Vana-Antsla_vallavalitsus, lk 4
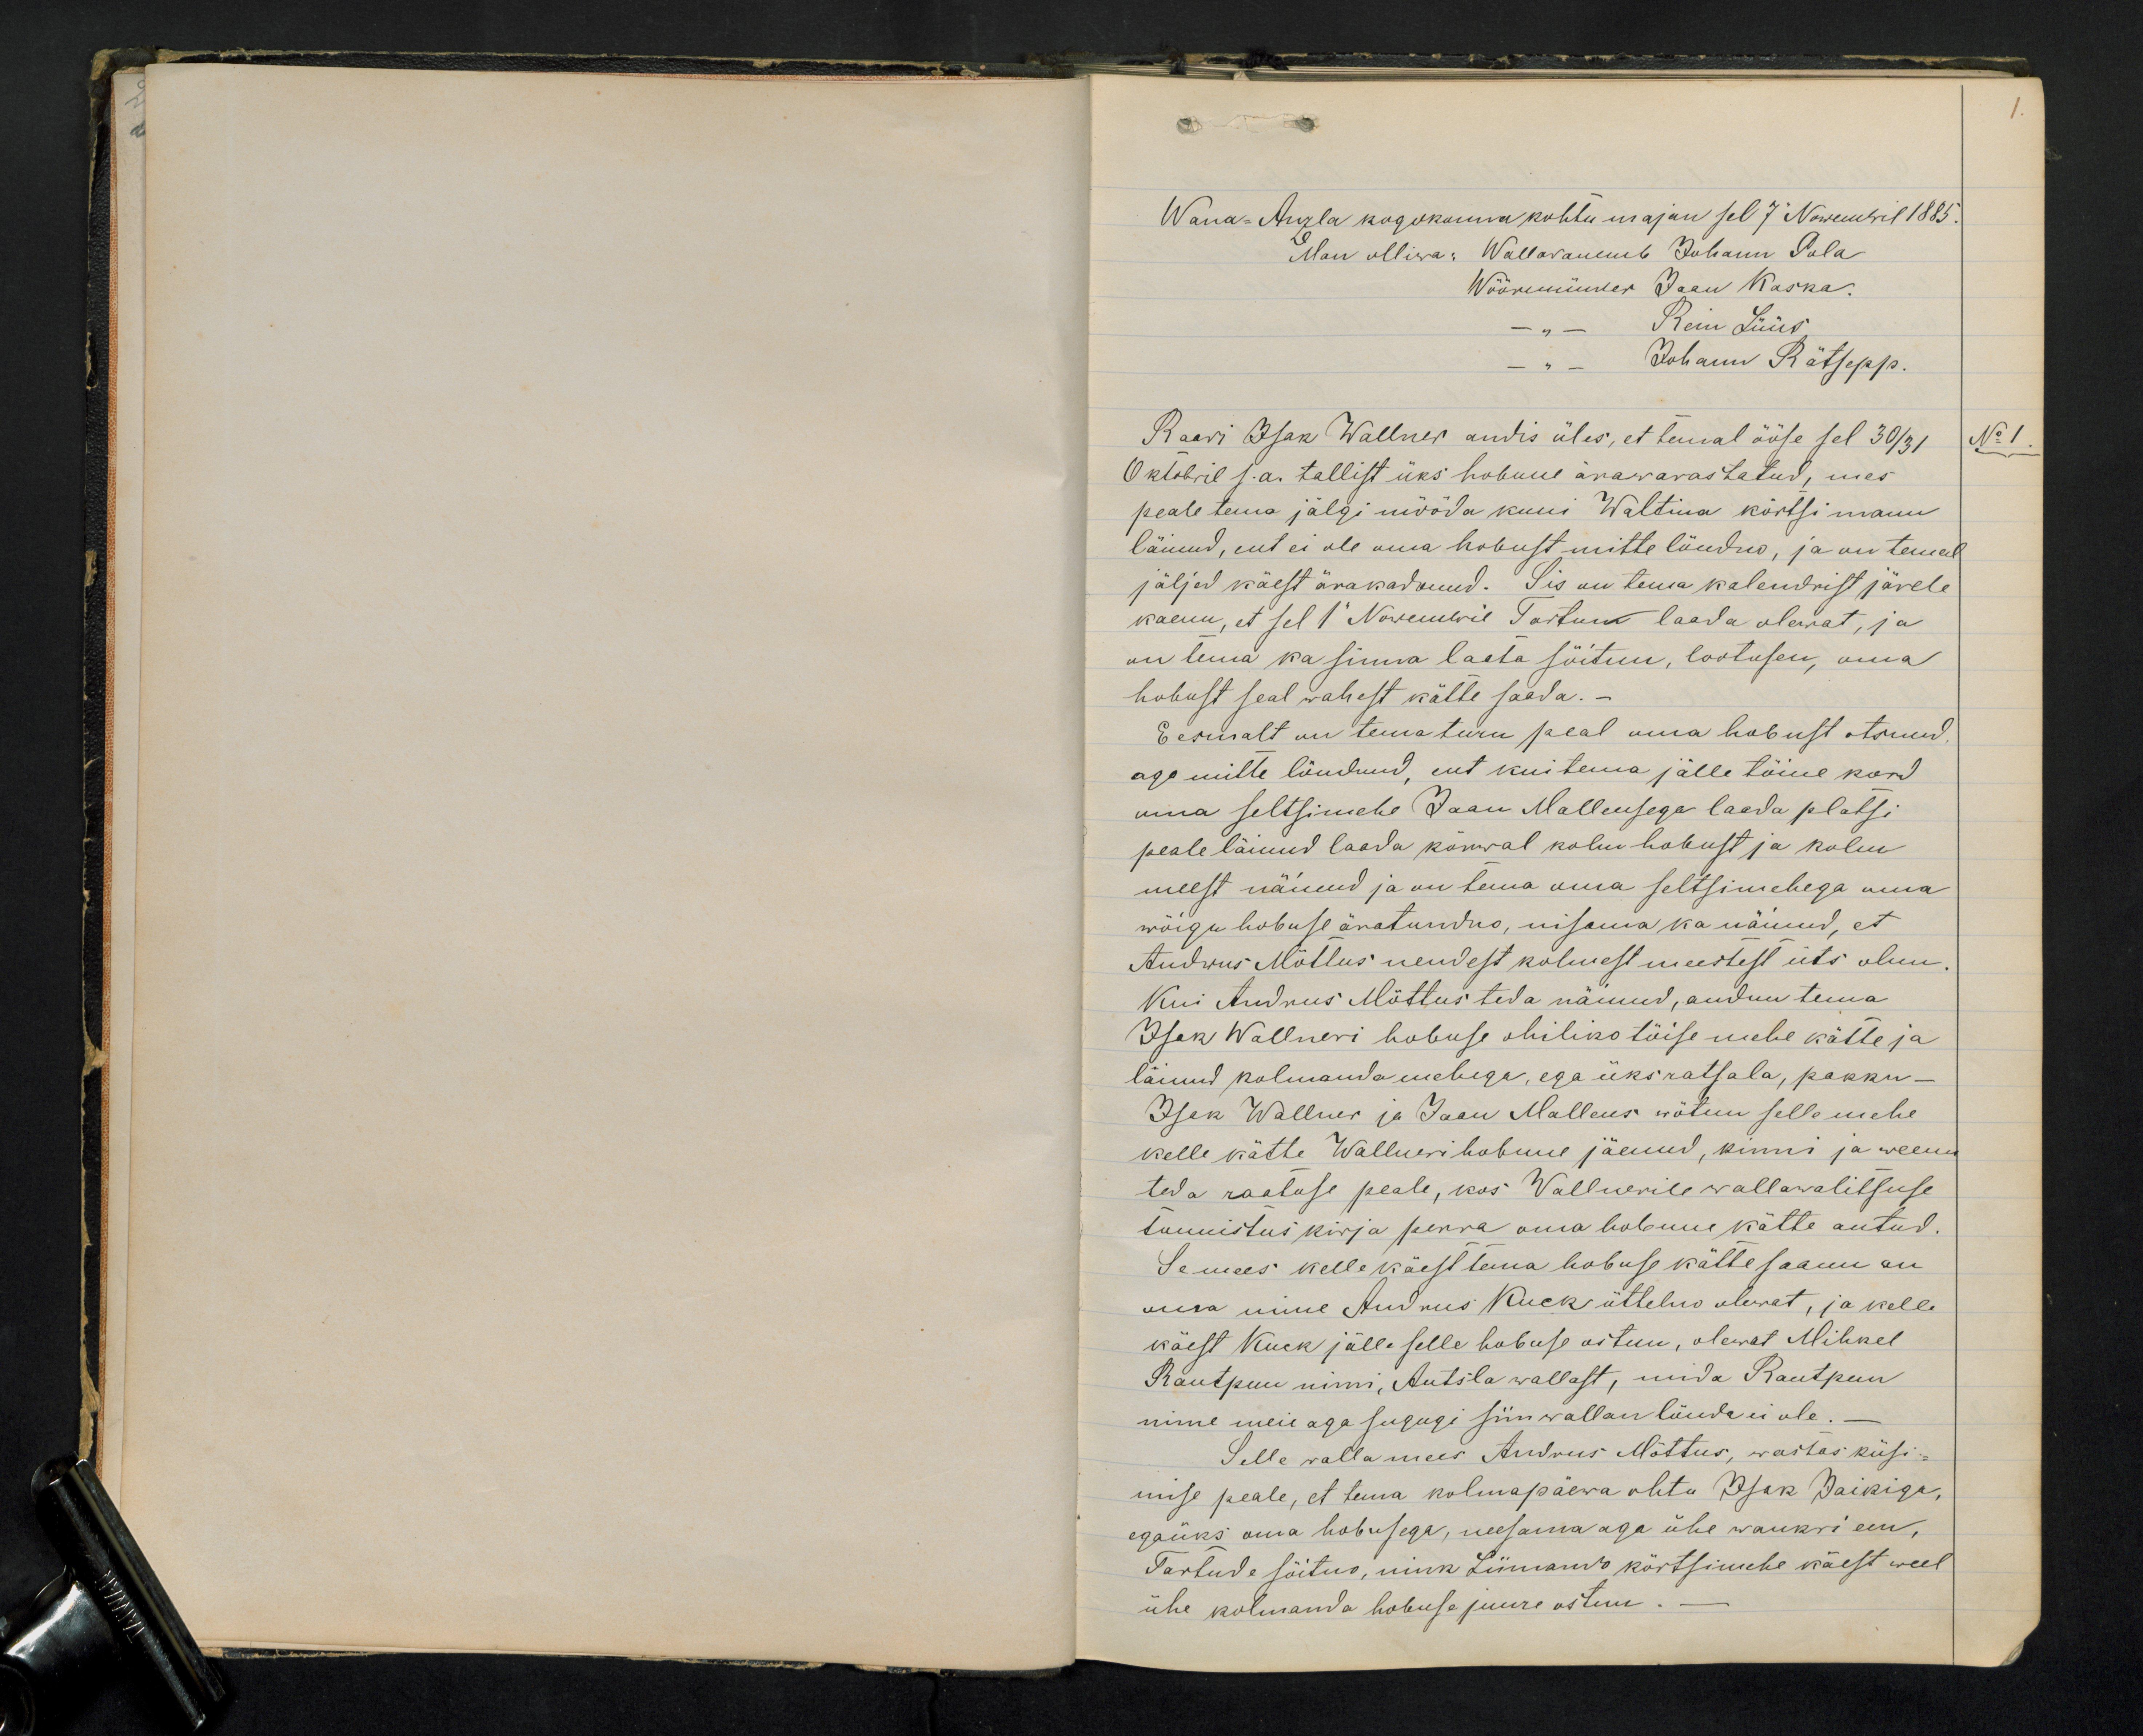
1.

Wana-Anzla kogokonna kohtu majan sel 7 Nowembril 1885
Man olliwa: Wallawanemb Johann Pola
Wöörmünder Jaan Kaska.
Rein Lüüs
Johann Rätsepp.
Raavi Isak Wallner andis üles, et temal ööse sel 30/31
No 1
Oktobril s.a. tallist üks hobune ärawarastatud, mes
peale tema jälgi mööda kuni Waltina kõrtsi manu
läinud, ent ei ole oma hobust mitte löudno, ja on temal
jäljed käest ärakadunud. Sis on tema kalendrist järele
kaenu, et sel 1 Nowembril Tartun laada olewat, ja
on tema ka sinna lasta sõitnu, lootusen, oma
hobust seal wahest kätte saada.
Eesmalt on tema turu peal oma hobust otsinud,
aga mitte leidnud, ent kui tema jälle tõine kord
uma seltsimehe Jaan Malleusega laada platsi
peale läinud laada kõrwal kolm hobust ja kolm
meest näinud ja on tema oma seltsimehega oma
wõigu hobuse äratundno, nisama ka näinud, et
Andrus Mõttus nendest kolmest meestest üts olnu.
Kui Andrus Mõttus teda näinud, andnu tema
Isak Wallneri hobuse ohiliko tõise mehe kätte ja
läinud kolmanda mehega, ega üks ratsala, pakku-
Isak Wallner ja Jaan Malleus wõtnu selle mehe
kelle kätte Wallneri hobune jäenud, kinni ja weenu
teda raatuse peale, kos Wallnerile wallawalitsuse
tunnistus kirja perra oma hobune kätte antud.
Se mees kelle käest tema hobuse kätte saanu on
oma nime Audrus Kuck üttelno olevat, ja kelle
käest Kuck jälle selle hobuse ostnu, olewat Mihkel
Rautpuu nimi, Antsla wallast, mida Rautpuu
nime meie aga sugugi siin wallan löuda ei ole.
Selle wallamees Andrus Mõttus, wastas küsi-
mise peale, et tema kolmapäewa õhtu Isak Jaikiga,
egaüks oma hobusega, neesama aga ühe wankri een,
Tartude sõitno, nink Liimando kõrtsimehe käest weel
ühe kolmanda hobuse juure ostnu